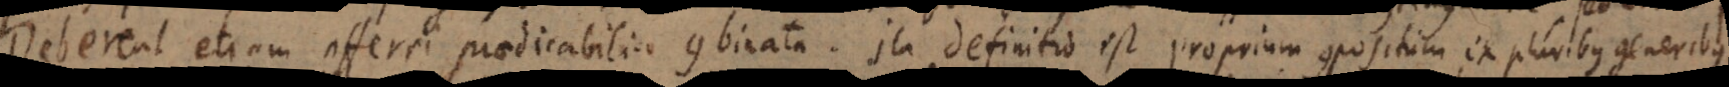
Deberent etiam afferri praedicabilia combinata. Ita definitio est proprium compositum ex pluribus generibus.